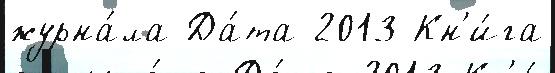
журна́ла Да́та 2013 Кн'и́га